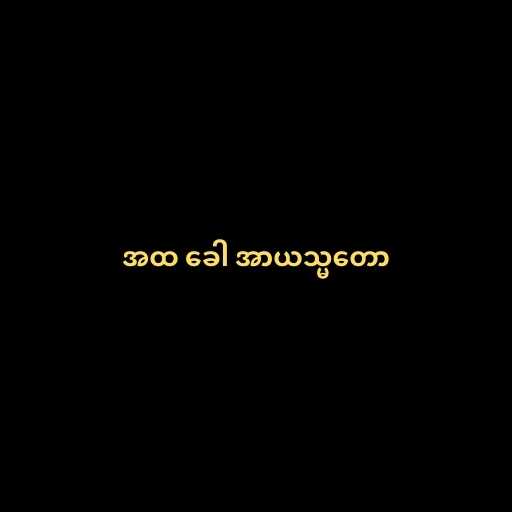
အထ ခေါ အာယသ္မတော